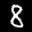
Label: 8